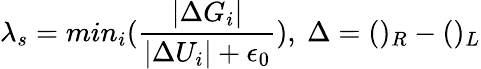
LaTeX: \lambda_{s}=min_{i}(\frac{\left|\Delta G_{i}\right|}{\left|\Delta U_{i}\right|+\epsilon_{0}}),\mathrm{~}\Delta=()_{R}-()_{L}